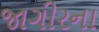
જાગીરના